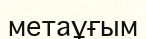
метаұғым